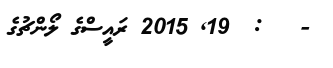
-   :  19